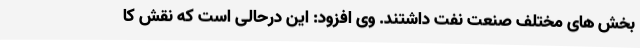
بخش های مختلف صنعت نفت داشتند. وی افزود: این درحالی است که نقش کا